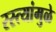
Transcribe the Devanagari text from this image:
रस्त्यांमुळे